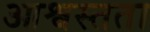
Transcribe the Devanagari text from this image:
आश्वस्तता